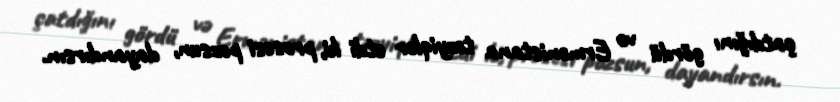
çatdığını gördü və Ermənistana təzyiqlər etdi ki, prosesi pozsun, dayandırsın.